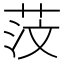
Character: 𦯻